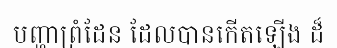
បញ្ហាព្រំដែន ដែលបានកើតឡើង ដ៏